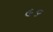
૯૬